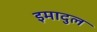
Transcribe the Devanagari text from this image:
इमादुल